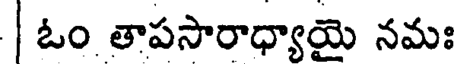
| ఓం తాపసారాధ్యాయై నమః